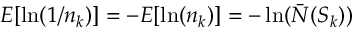
E [ \ln ( 1 / n _ { k } ) ] = - E [ \ln ( n _ { k } ) ] = - \ln ( \bar { N } ( S _ { k } ) )